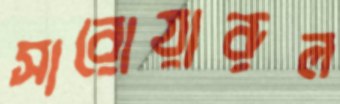
সারোয়ারুল